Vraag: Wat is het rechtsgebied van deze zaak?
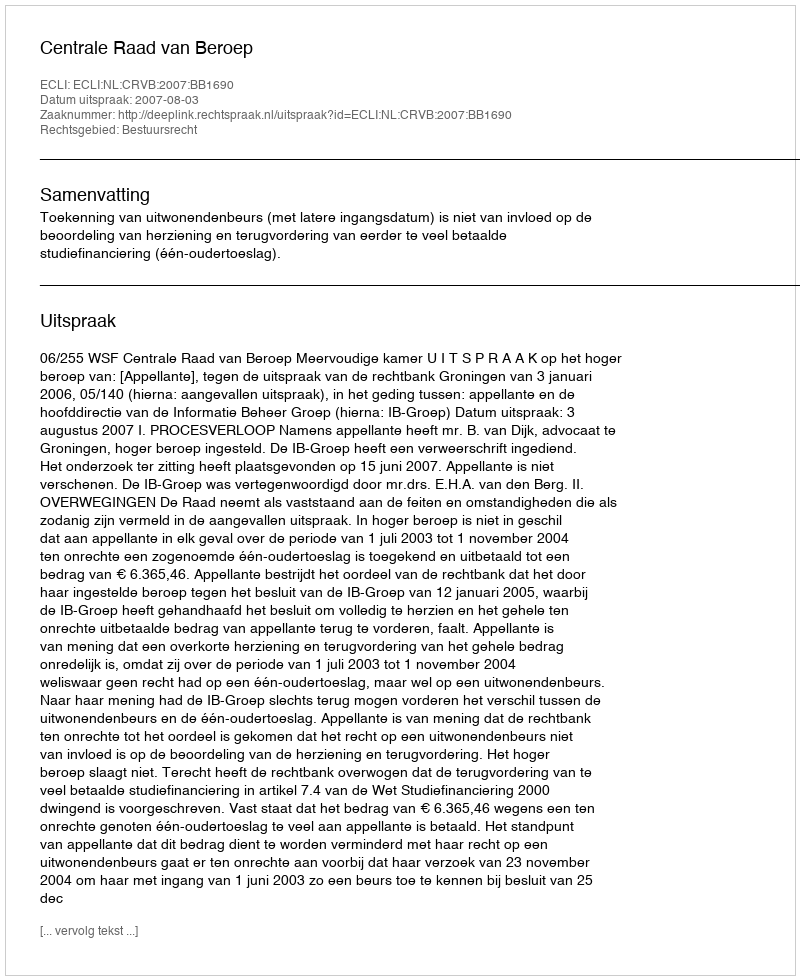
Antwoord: Bestuursrecht